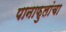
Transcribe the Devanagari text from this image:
पानाफुलांचा